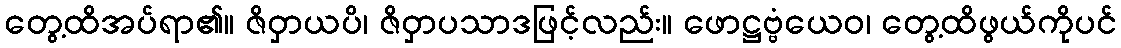
တွေ့ထိအပ်ရာ၏။ ဇိဝှာယပိ၊ ဇိဝှာပသာဒဖြင့်လည်း။ ဖောဋ္ဌဗ္ဗံယေဝ၊ တွေ့ထိဖွယ်ကိုပင်